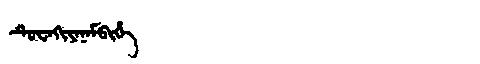
Manchu: ᡨᡠᠸᠠᡴᡳᠶᠠᠨᠠᠮᠪᡳᡥᡝ
Romanization: TUWAKIYANAMBIHE